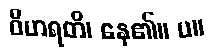
ဝိဟရတိ၊ နေ၏။ ပ။